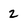
Character: 2